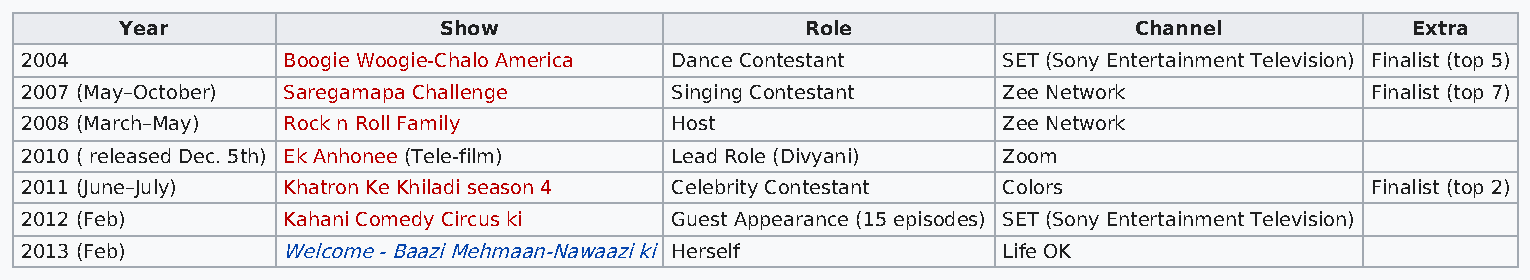
Year                 Show                    Role                  Channel           Extra
 2004              Boogie Woogie-Chalo America Dance Contestant   SET (Sony Entertainment Television) Finalist (top 5)
 2007 (May–October) Saregamapa Challenge    Singing Contestant    Zee Network              Finalist (top 7)
 2008 (March–May)  Rock n Roll Family       Host                  Zee Network
 2010 ( released Dec. 5th) Ek Anhonee (Tele-film) Lead Role (Divyani) Zoom
 2011 (June–July)  Khatron Ke Khiladi season 4 Celebrity Contestant Colors                 Finalist (top 2)
 2012 (Feb)        Kahani Comedy Circus ki  Guest Appearance (15 episodes) SET (Sony Entertainment Television)
 2013 (Feb)        Welcome - Baazi Mehmaan-Nawaazi ki Herself     Life OK